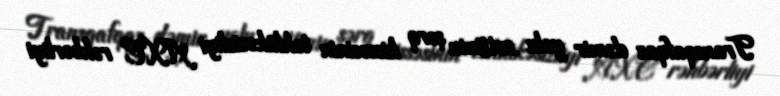
Transqafqaz dəmir yolu xəttinin şərq hissəsinin təhlükəsizliyi AXC rəhbərliyi